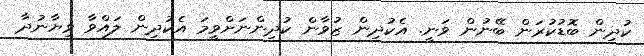
ކުދިން ބޮޑުކުރަން ބޭނުން ވަނީ. އެކުދިން ޒުވާން ކުދިންނަށްވީމަ އެކުދިން ލައްވާ ވިޔާނުދާ